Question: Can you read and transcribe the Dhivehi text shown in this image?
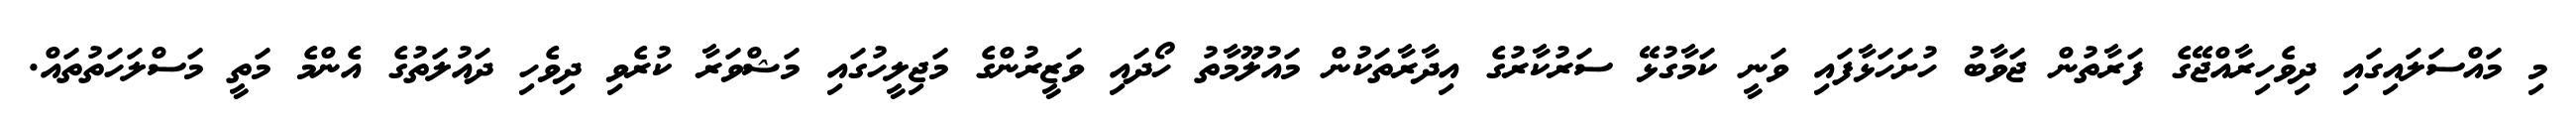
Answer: މި މައްސަލައިގައި ދިވެހިރާއްޖޭގެ ފަރާތުން ޖަވާބު ހުށަހަޅާފައި ވަނީ ކަމާގުޅޭ ސަރުކާރުގެ އިދާރާތަކުން މައުލޫމާތު ހޯދައި ވަޒީރުންގެ މަޖިލީހުގައި މަޝްވަރާ ކުރެވި ދިވެހި ދައުލަތުގެ އެންމެ މަތީ މަސްލަހަތުތައް.